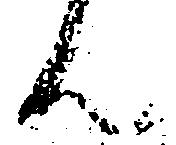
ん